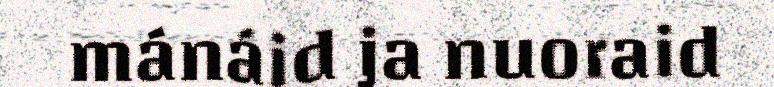
mánáid ja nuoraid